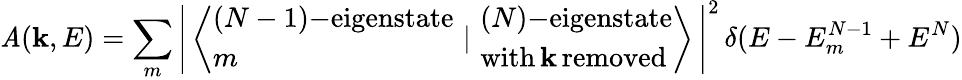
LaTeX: \mathit{A}(\mathbf{{k}},E)=\sum_{m}\left|\, \left\langle{\begin{array}{l}{(N-1)\mathrm{{\mathrm{-}}eigenstate}}\\ {m}\end{array}}\, \, |\, \, {\begin{array}{l}{(N)\mathrm{{\mathrm{-}}eigenstate}}\\ {\mathrm{with\, }\mathbf{k}\mathrm{\, removed}}\end{array}}\right\rangle\, \right|^{2}\, \delta(E-E_{m}^{N-1}+E^{N})